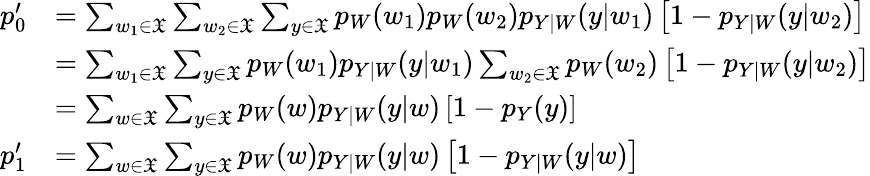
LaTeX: \begin{array}{rl}{p_{0}^{\prime}}&{=\sum_{w_{1}\in\mathfrak{X}}\sum_{w_{2}\in\mathfrak{X}}\sum_{y\in\mathfrak{X}}p_{W}(w_{1})p_{W}(w_{2})p_{Y|W}(y|w_{1})\left[1-p_{Y|W}(y|w_{2})\right]}\\ &{=\sum_{w_{1}\in\mathfrak{X}}\sum_{y\in\mathfrak{X}}p_{W}(w_{1})p_{Y|W}(y|w_{1})\sum_{w_{2}\in\mathfrak{X}}p_{W}(w_{2})\left[1-p_{Y|W}(y|w_{2})\right]}\\ &{=\sum_{w\in\mathfrak{X}}\sum_{y\in\mathfrak{X}}p_{W}(w)p_{Y|W}(y|w)\left[1-p_{Y}(y)\right]}\\ {p_{1}^{\prime}}&{=\sum_{w\in\mathfrak{X}}\sum_{y\in\mathfrak{X}}p_{W}(w)p_{Y|W}(y|w)\left[1-p_{Y|W}(y|w)\right]}\end{array}